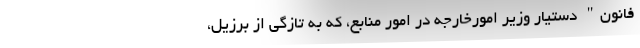
فانون" دستیار وزیر امورخارجه در امور منابع، که به تازگی از برزیل،